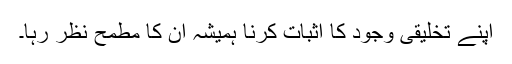
اپنے تخلیقی وجود کا اثبات کرنا ہمیشہ ان کا مطمح نظر رہا۔